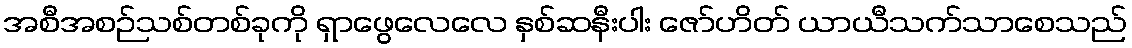
အစီအစဉ်သစ်တစ်ခုကို ရှာဖွေလေလေ နှစ်ဆနီးပါး ဇော်ဟိတ် ယာယီသက်သာစေသည်